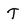
Character: T